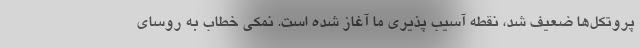
پروتکل‌ها ضعیف شد، نقطه آسیب پذیری ما آغاز شده است. نمکی خطاب به روسای